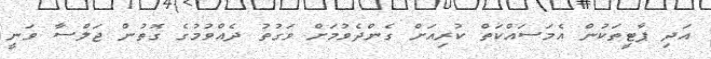
އަދި ޕާޓީތަކުން އެމަސައްކަތް ކުރިއަށް ގެންދެވުމަށް ވަގުތު ދެއްވުމުގެ ގޮތުން ޖަލްސާ ވަނީ